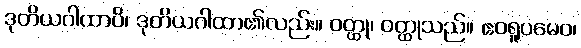
ဒုတိယဂါထာပိ၊ ဒုတိယဂါထာ၏လည်း။ ဝတ္ထု၊ ဝတ္ထုသည်။ ဧဝရူပမေဝ၊